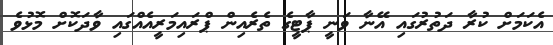
އެކަމަށް ކުރާ ދަތުރުގައި އޭނާ ވަނީ ޕާޓީގެ ތެރެއިން ޕްރައިމަރީއެއްގައި ވާދަކޮށް މޮޅުވެ